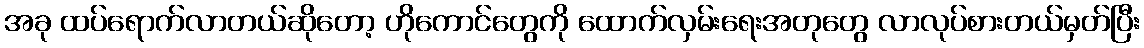
အခု ထပ်ရောက်လာတယ်ဆိုတော့ ဟိုကောင်တွေကို ထောက်လှမ်းရေးအတုတွေ လာလုပ်စားတယ်မှတ်ပြီး